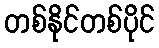
တစ်နိုင်တစ်ပိုင်